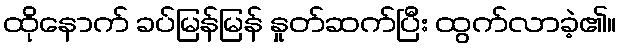
ထိုနောက် ခပ်မြန်မြန် နှုတ်ဆက်ပြီး ထွက်လာခဲ့၏။